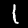
Label: 1